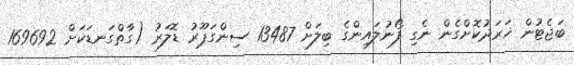
ބަޖެޓުން ޚަރަދުކޮށްގެން ނެގި ފޯނުލައިންގެ ބިލަށް 13487 ސިންގަޕޫރު ޑޮލަރު (ގާތްގަނޑަކަށް 169692